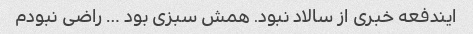
ایندفعه خبری از سالاد نبود. همش سبزی بود … راضی نبودم